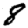
Digit: 8